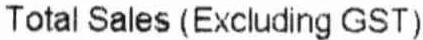
TOTAL SALES (EXCLUDING GST)